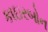
કાઇરબોન